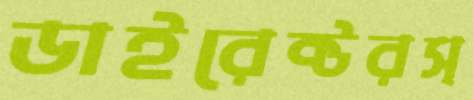
ডাইরেক্টরস্